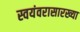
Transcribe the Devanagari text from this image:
स्वयंवरासारख्या